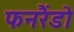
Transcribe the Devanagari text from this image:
फनरैंडो